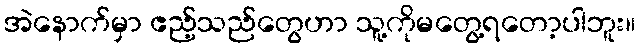
အဲနောက်မှာ ဧည့်သည်တွေဟာ သူ့ကိုမတွေ့ရတော့ပါဘူး။